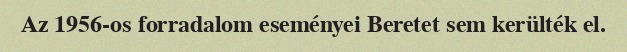
Az 1956-os forradalom eseményei Beretet sem kerülték el.